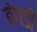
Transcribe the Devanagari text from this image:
बंगडी